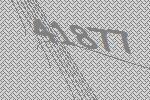
41877